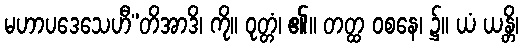
မဟာပဒေသေဟီ”တိအာဒိ၊ ကို။ ဝုတ္တံ၊ ၏။ တတ္ထ ဝစနေ၊ ၌။ ယံ ယန္တိ၊